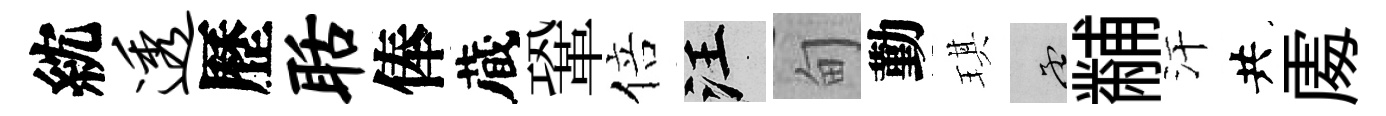
紞透歷聒俸蔵鞏倍汪甸勤琪孟黼汗共𠁅